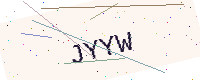
Text: JYYW